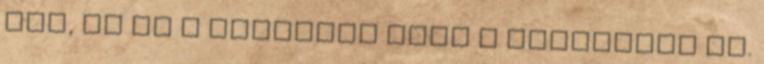
van, és ez a harmónia kiül a külsejére is.